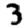
Digit: 3